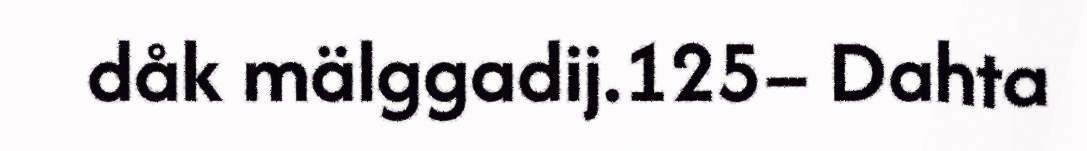
dåk mälggadij.125– Dahta